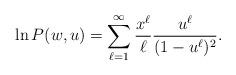
LaTeX: \begin{align*}\ln P(w,u) = \sum_{\ell=1}^\infty \frac{ x^\ell}{ \ell} \frac{ u^\ell }{ (1-u^\ell)^2} .\end{align*}